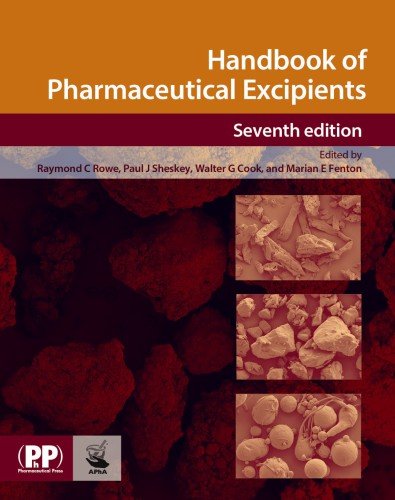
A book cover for Handbook of Pharmaceutical Excipients; Science & Math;